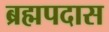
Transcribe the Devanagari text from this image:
ब्रह्मपदास